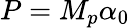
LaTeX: P={{M}_{p}}\alpha_{0}